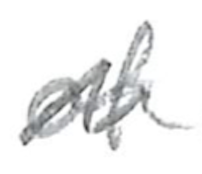
Text: of
Cross-out: zig-zag
Writing tool: pencil